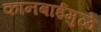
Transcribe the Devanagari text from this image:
कानबाईमुळे